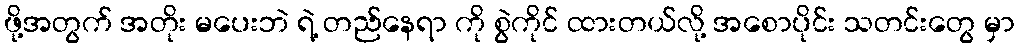
ဖို့အတွက် အတိုး မပေးဘဲ ရဲ့ တည်နေရာ ကို စွဲကိုင် ထားတယ်လို့ အစောပိုင်း သတင်းတွေ မှာ